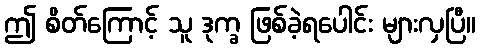
ဤ စိတ်ကြောင့် သူ ဒုက္ခ ဖြစ်ခဲ့ရပေါင်း များလှပြီ။